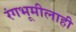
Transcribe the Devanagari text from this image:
रंगभूमीलाही